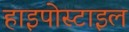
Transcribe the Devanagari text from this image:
हाइपोस्टाइल